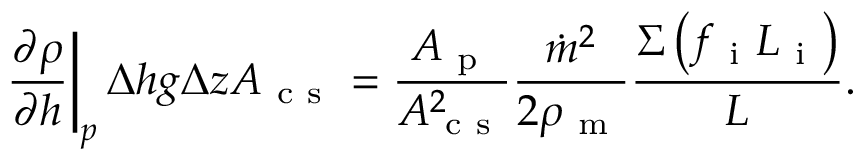
\left. \frac { \partial \rho } { \partial h } \right\vert _ { p } \Delta h g \Delta z A _ { \mathrm { ~ c ~ s ~ } } = \frac { A _ { \mathrm { ~ p ~ } } } { A _ { \mathrm { ~ c ~ s ~ } } ^ { 2 } } \frac { \dot { m } ^ { 2 } } { 2 \rho _ { \mathrm { ~ m ~ } } } \frac { \Sigma \left( f _ { \mathrm { ~ i ~ } } L _ { \mathrm { ~ i ~ } } \right) } { L } .